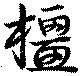
橿